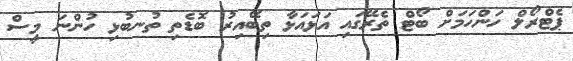
ޕެޓްރޯލް ހަންހަމަށް ބޯޓް ތެރޭގައި އަަޅައަޅާ ތިބޭއިރު ބޮޑެތި ތުނބުޅި ހުންނަ މީސް